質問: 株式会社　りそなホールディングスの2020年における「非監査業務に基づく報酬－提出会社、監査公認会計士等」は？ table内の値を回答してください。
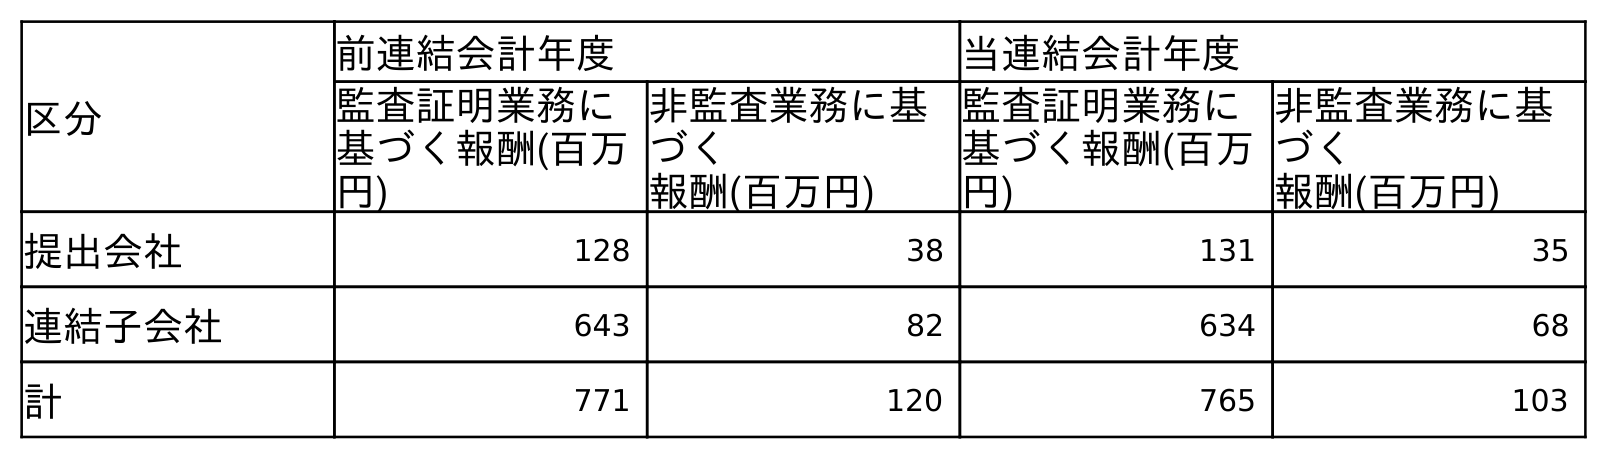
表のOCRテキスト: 区分 前連結会計年度 当連結会計年度 監査証明業務に 基づく報酬(百万 円) 非監査業務に基 づく 報酬(百万円) 監査証明業務に 基づく報酬(百万 円) 非監査業務に基 づく 報酬(百万円) 提出会社 128 38 131 35 連結子会社 643 82 634 68 計 771 120 765 103
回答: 35